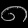
Digit: ၈